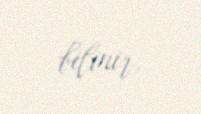
bilinir.